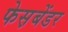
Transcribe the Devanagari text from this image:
फेस़बेंडर